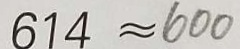
6 1 4 \approx 6 0 0